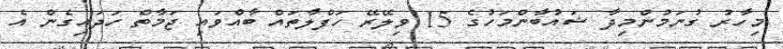
މިހާރު ގުނަމުންމިދާ ޝައުބާންމަހުގެ 15 ވިލޭރޭ ހަފްލާތައް ބާއްވައި ޖަމާތް ހަދައިގެން އެ